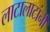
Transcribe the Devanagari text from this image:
लाटालाटांनी